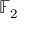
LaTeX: \mathbb { F } _ { 2 }